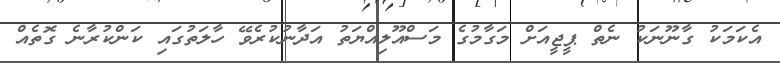
އެކަމަކު ގާނޫނަކު ނެތް ޕީޖީއަށް މަގާމުގެ މަސްއޫލިއްޔަތު އަދާނުކުރެވޭ ހާލަތުގައި ކަންކުރާނެ ގޮތެއް